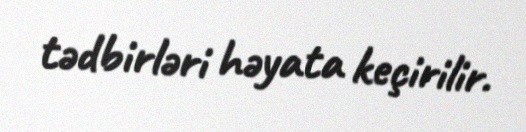
tədbirləri həyata keçirilir.